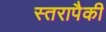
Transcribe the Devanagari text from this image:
स्तरापैकी